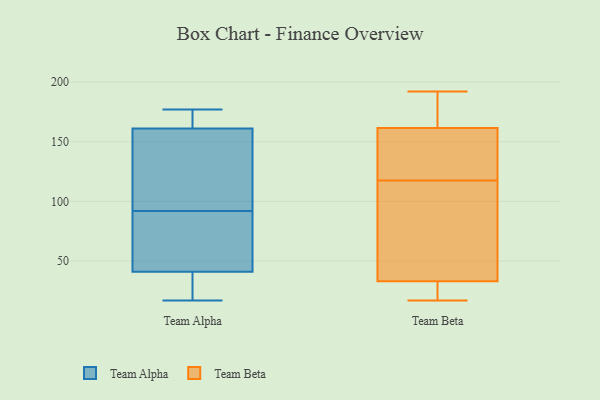
{"axis": {"x": "Temperature (°C)", "y": "Value"}, "legend": ["Team Alpha", "Team Beta"], "data": [{"x": "", "y": 128, "type": "Team Alpha"}, {"x": "", "y": 22, "type": "Team Alpha"}, {"x": "", "y": 17, "type": "Team Alpha"}, {"x": "", "y": 177, "type": "Team Alpha"}, {"x": "", "y": 89, "type": "Team Alpha"}, {"x": "", "y": 41, "type": "Team Alpha"}, {"x": "", "y": 95, "type": "Team Alpha"}, {"x": "", "y": 161, "type": "Team Alpha"}, {"x": "", "y": 68, "type": "Team Alpha"}, {"x": "", "y": 162, "type": "Team Alpha"}, {"x": "", "y": 140, "type": "Team Beta"}, {"x": "", "y": 17, "type": "Team Beta"}, {"x": "", "y": 25, "type": "Team Beta"}, {"x": "", "y": 153, "type": "Team Beta"}, {"x": "", "y": 22, "type": "Team Beta"}, {"x": "", "y": 189, "type": "Team Beta"}, {"x": "", "y": 22, "type": "Team Beta"}, {"x": "", "y": 176, "type": "Team Beta"}, {"x": "", "y": 95, "type": "Team Beta"}, {"x": "", "y": 154, "type": "Team Beta"}, {"x": "", "y": 111, "type": "Team Beta"}, {"x": "", "y": 169, "type": "Team Beta"}, {"x": "", "y": 41, "type": "Team Beta"}, {"x": "", "y": 192, "type": "Team Beta"}, {"x": "", "y": 77, "type": "Team Beta"}, {"x": "", "y": 124, "type": "Team Beta"}]}